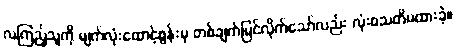
လကြည့်သူကို မျက်လုံးထောင့်စွန်းမှ တစ်ချက်မြင်လိုက်သော်လည်း လုံးဝသတိမထားခဲ့။